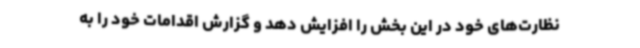
نظارت‌های خود در این بخش را افزایش دهد و گزارش اقدامات خود را به